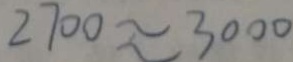
2 7 0 0 \approx 3 0 0 0